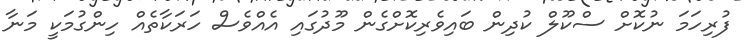
ފުރިހަމަ ނުކޮށް ސްކޫލް ކުދިން ބައިވެރިކޮށްގެން މޫދުގައި އެއްވެސް ހަރަކާތެއް ހިންގުމަކީ މަނާ